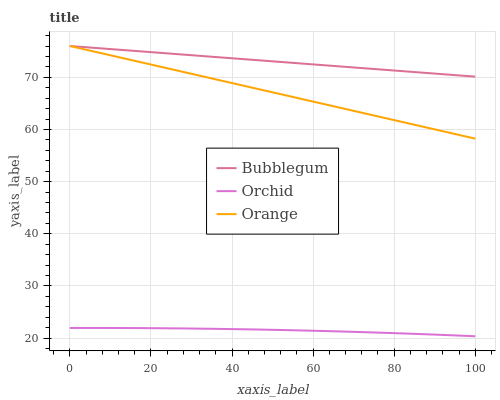
| xaxis_label | Bubblegum | Orchid | Orange |
 | --- | --- | --- | --- |
 | 0 | 76 | 21.9 | 76 |
 | 9.09 | 75.5 | 21.9 | 74.4 |
 | 18.2 | 74.9 | 21.9 | 72.8 |
 | 27.3 | 74.4 | 21.9 | 71.2 |
 | 36.4 | 73.9 | 21.8 | 69.5 |
 | 45.5 | 73.3 | 21.7 | 67.9 |
 | 54.5 | 72.8 | 21.5 | 66.3 |
 | 63.6 | 72.3 | 21.3 | 64.7 |
 | 72.7 | 71.7 | 21.1 | 63.1 |
 | 81.8 | 71.2 | 20.9 | 61.5 |
 | 90.9 | 70.7 | 20.6 | 59.9 |
 | 100 | 70.1 | 20.4 | 58.2 |